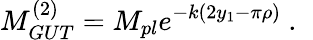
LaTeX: M_{GUT}^{(2)}=M_{pl}e^{-k(2y_{1}-\pi\rho)}~.~\,